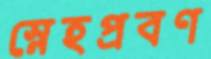
স্নেহপ্রবণ